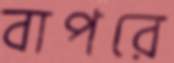
বাপরে